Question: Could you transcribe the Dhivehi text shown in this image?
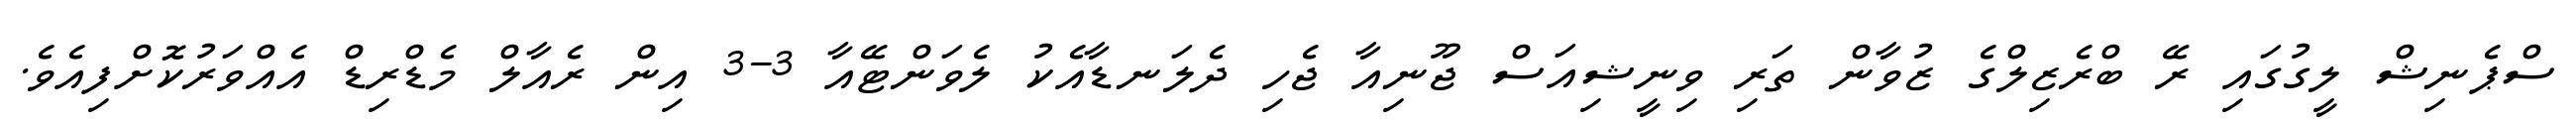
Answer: ސްޕެނިޝް ލީގުގައި ރޭ ބްރެޒިލްގެ ޒުވާން ތަރި ވިނީޝިއަސް ޖޫނިއާ ޖެހި ދެލަނޑާއެކު ލެވަންޓޭއާ 3-3 އިން ރެއާލް މެޑްރިޑް އެއްވަރުކޮށްފިއެވެ.